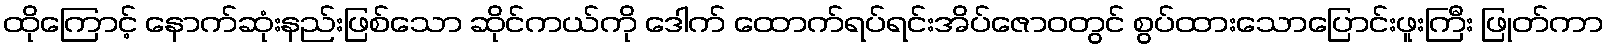
ထိုကြောင့် နောက်ဆုံးနည်းဖြစ်သော ဆိုင်ကယ်ကို ဒေါက် ထောက်ရပ်ရင်းအိပ်ဇောဝတွင် စွပ်ထားသောပြောင်းဖူးကြီး ဖြုတ်ကာ